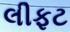
લીફટ